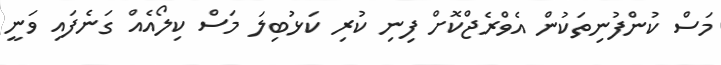
މަސް ކުންފުނިތަކުން އެވްރެޖްކޮށް ފިނި ކުރި ކަޅުބިލަ މަސް ކިލޯއެއް ގަނެފައި ވަނީ